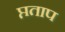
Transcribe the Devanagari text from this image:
प्तताप